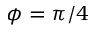
\phi = \pi / 4